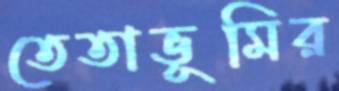
তেতাভূমির